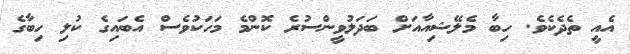
އެއީ ތެދެކެވެ. ހިބާ މެލޭޝިއާއަށް ބަދަލުވީންސުރެ ކޮންމެ މަހަކުވެސް އެބައިގެ ކުލި ހިބާގެ